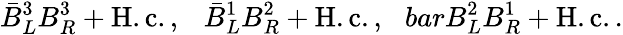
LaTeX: \bar{B}_{L}^{3}B_{R}^{3}+\mathrm{H.c.}\, ,\ \ \ \bar{B}_{L}^{1}B_{R}^{2}+\mathrm{H.c.}\, ,\ \ \, barB_{L}^{2}B_{R}^{1}+\mathrm{H.c.}\, .